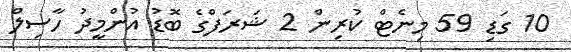
10 ގަޑި 59 މިނެޓް ކުރިން 2 ޝަރަފްގެ ބޮޑު އުންމީދު ހާސިލް